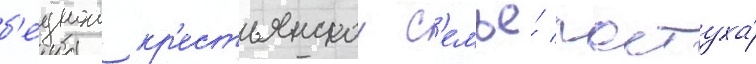
б'еднои кр'естьянскои с'емье́ пастуха́